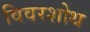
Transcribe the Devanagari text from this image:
विवरशोथ